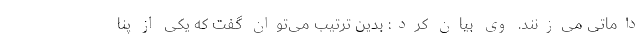
داماتی می‌زنند. وی بیان کرد: بدین ترتیب می‌توان گفت که یکی از پنا